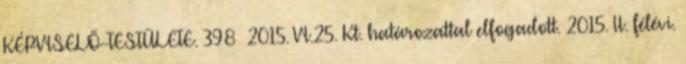
KÉPVISELŐ-TESTÜLETE. 398 2015. VI.25. Kt. határozattal elfogadott. 2015. II. félévi.